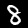
Digit: 8